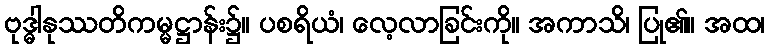
ဗုဒ္ဓါနုဿတိကမ္မဋ္ဌာန်း၌။ ပစရိယံ၊ လေ့လာခြင်းကို။ အကာသိ၊ ပြု၏။ အထ၊